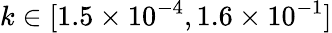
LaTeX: k\in[1.5\times 10^{-4},1.6\times 10^{-1}]